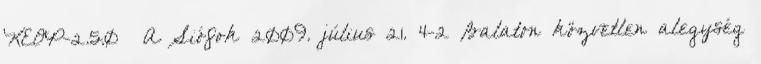
KEOP-2.5.0 A Siófok 2009. július 21. 4-2 Balaton közvetlen alegység